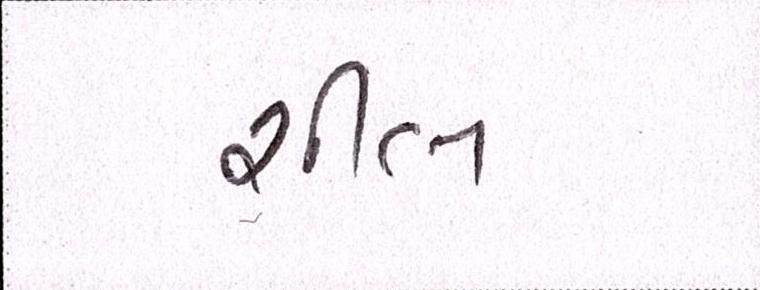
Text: શીલા